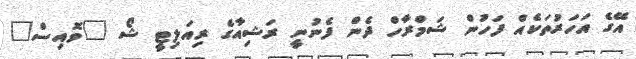
އޭގެ އަހަރުތަކެއް ފަހުން ޝަމްރާހް ދެން ފެނުނީ ރަޝިއާގެ ރިއަލިޓީ ޝޯ "ވޮއިސް"